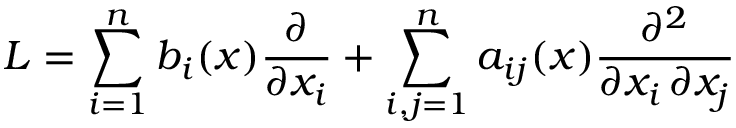
L = \sum _ { i = 1 } ^ { n } b _ { i } ( x ) { \frac { \partial } { \partial x _ { i } } } + \sum _ { i , j = 1 } ^ { n } a _ { i j } ( x ) { \frac { \partial ^ { 2 } } { \partial x _ { i } \, \partial x _ { j } } }